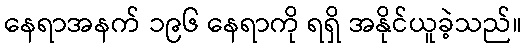
နေရာအနက် ၁၉၆ နေရာကို ရရှိ အနိုင်ယူခဲ့သည်။